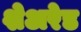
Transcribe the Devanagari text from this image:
शेअरेड